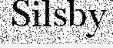
Silsby